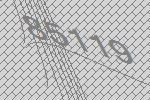
85119